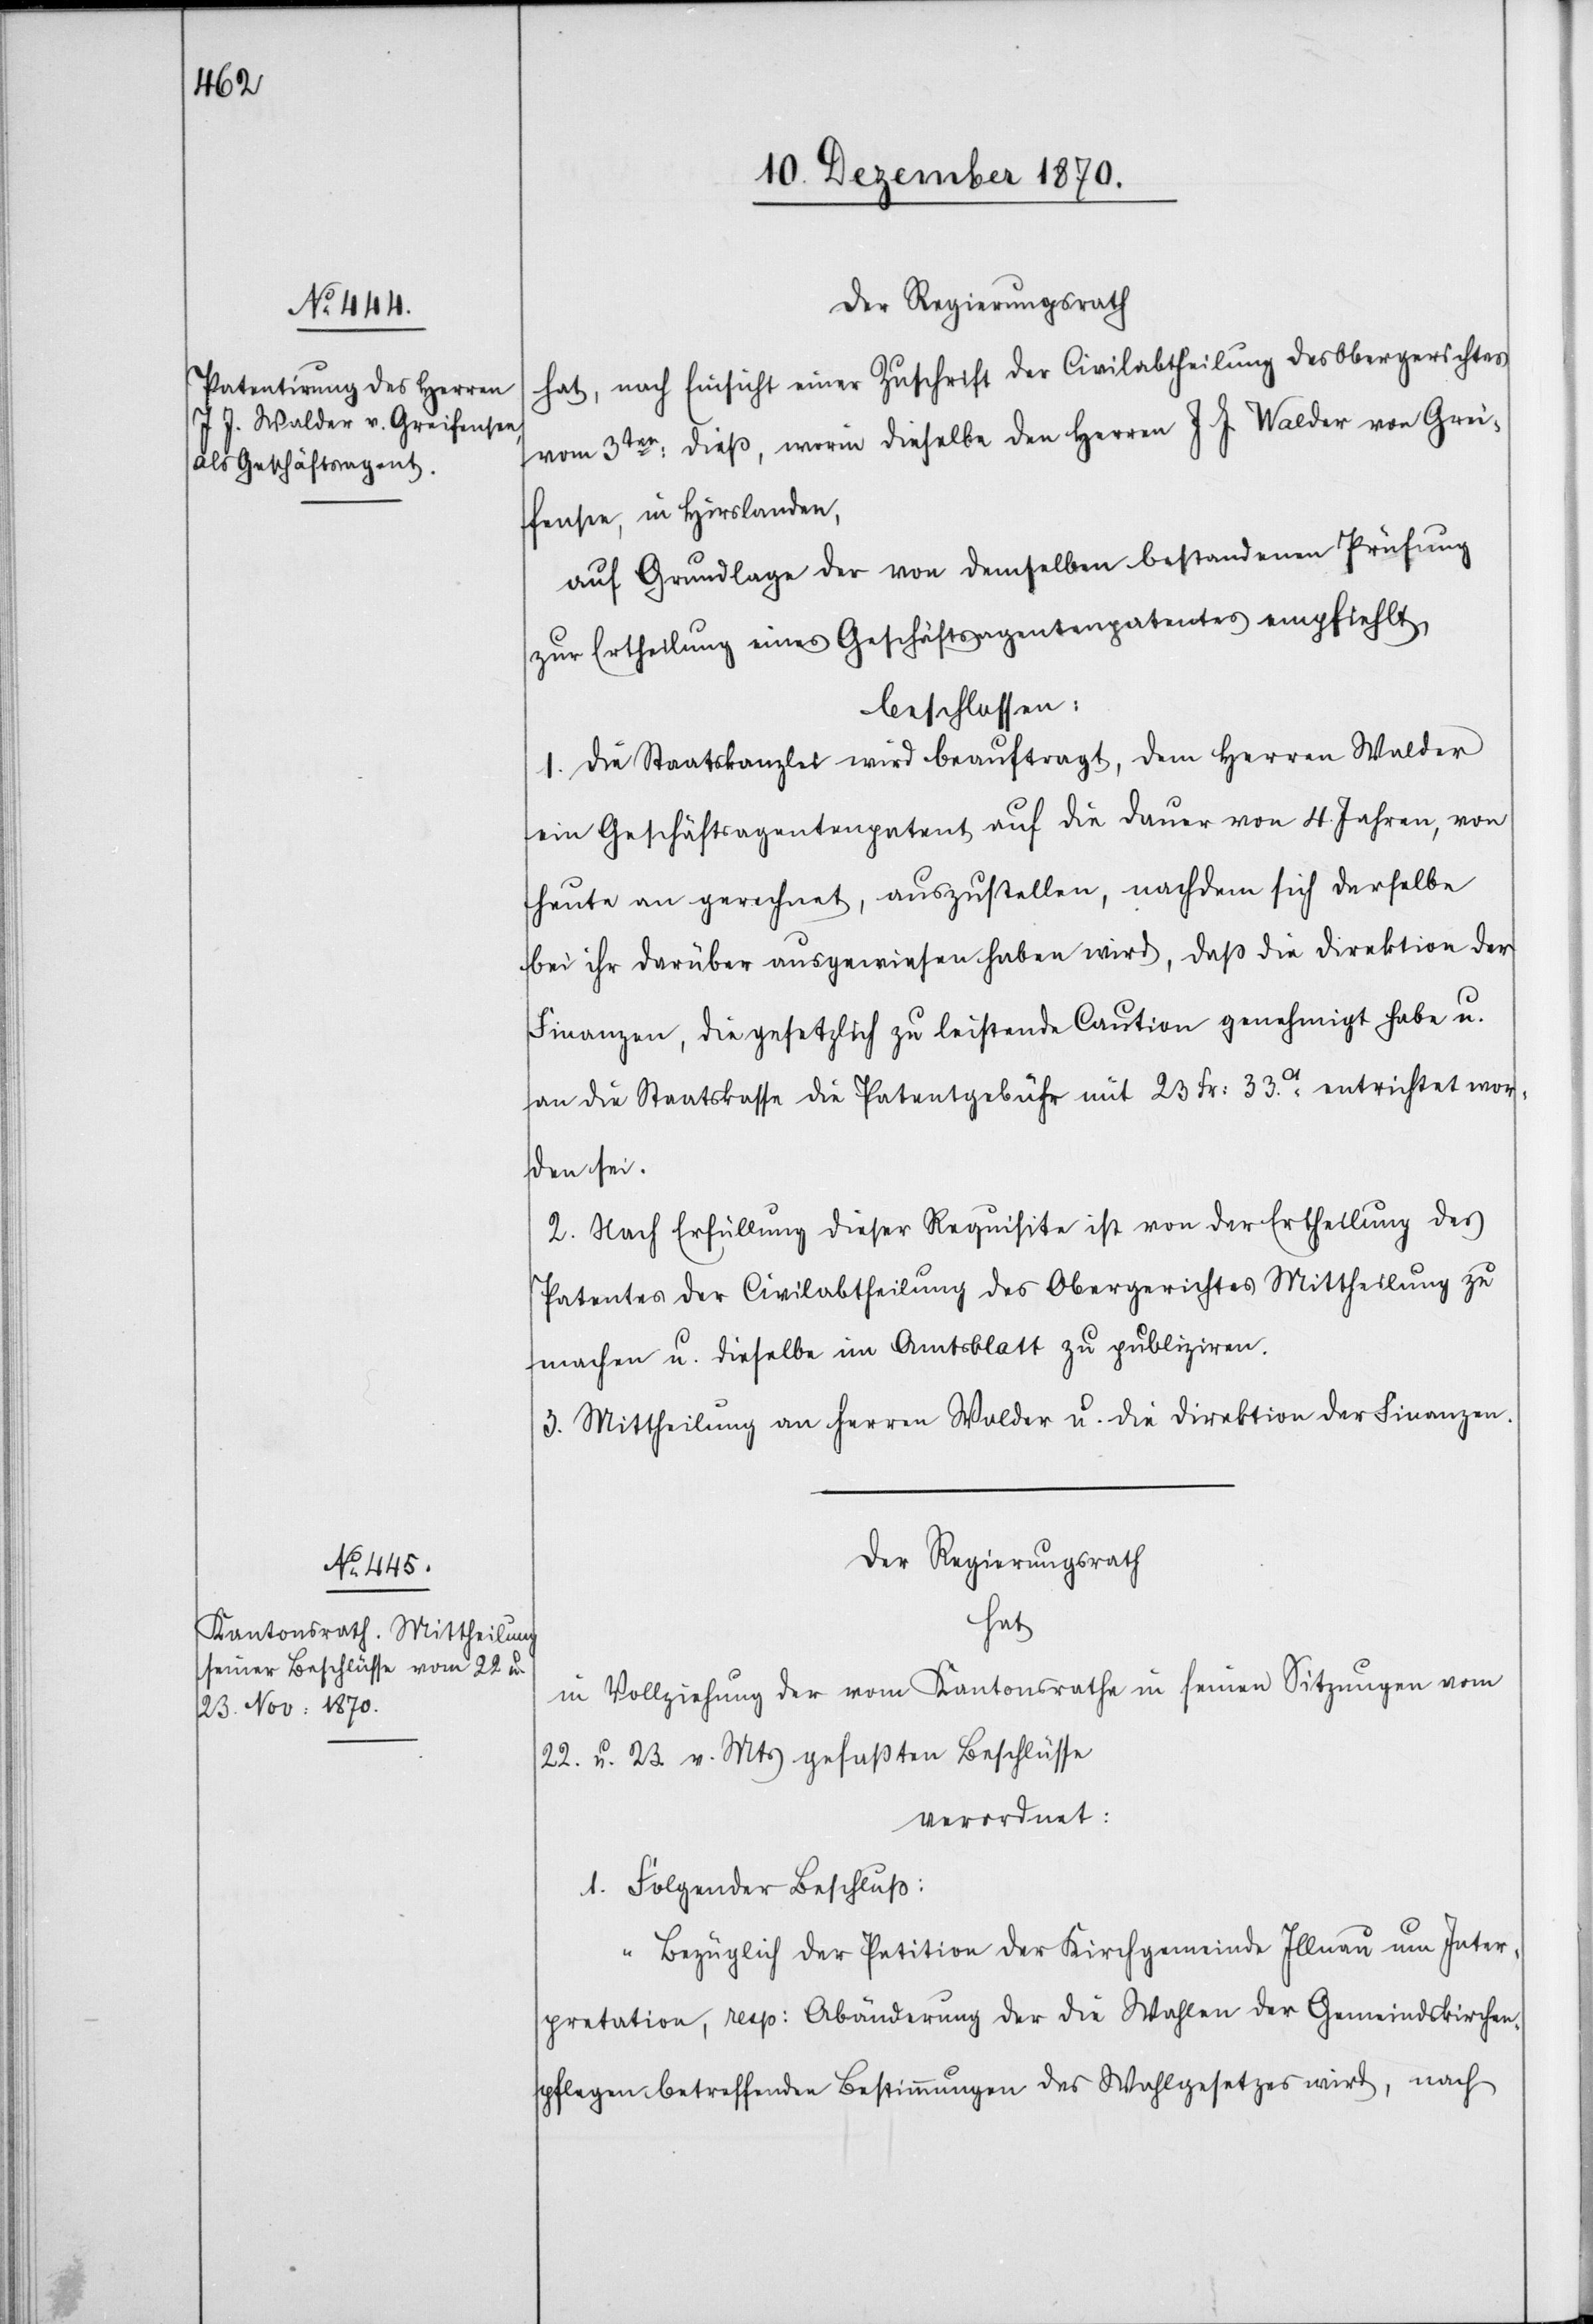
Der Regierungsrath
hat, nach Einsicht einer Zuschrift der Civilabtheilung des Obergerichtes
vom 3ten: dieß, worin dieselbe den Herren J. J. Walder von Grei¬
fensee, in Hirslanden,
auf Grundlage der von demselben bestandenen Prüfung
zur Ertheilung eines Geschäftsagentenpatentes empfiehlt,
beschlossen:
1. Die Staatskanzlei wird beauftragt, dem Herren Walder
ein Geschäftsagentenpatent auf die Dauer von 4 Jahren, von
heute an gerechnet, auszustellen, nachdem sich derselbe
bei ihr darüber ausgewiesen haben wird, daß die Direktion der
Finanzen, die gesetzlich zu leistende Caution genehmigt habe u.
an die Staatskasse die Patentgebühr mit 23 Fr: 33.Ct entrichtet wor¬
den sei.
2. Nach Erfüllung dieser Requisite ist von der Ertheilung des
Patentes der Civilabtheilung des Obergerichtes Mittheilung zu
machen u. dieselbe im Amtsblatt zu publiziren.
3. Mittheilung an Herren Walder u. die Direktion der Finanzen.
Der Regierungsrath
hat
in Vollziehung der vom Kantonsrathe in seinen Sitzungen vom
22. u. 23. v. Mts gefaßten Beschlüsse
verordnet:
1. Folgender Beschluß:
„Bezüglich der Petition der Kirchgemeinde Illnau um Inter¬
pretation, resp: Abänderung der die Wahlen der Gemeindskirchen¬
pflegen betreffenden Bestimmungen des Wahlgesetzes wird, nach